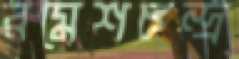
রমেশচন্দ্র